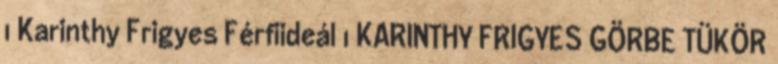
1 Karinthy Frigyes Férfiideál 1 KARINTHY FRIGYES GÖRBE TÜKÖR